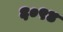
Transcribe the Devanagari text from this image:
६०९४